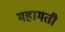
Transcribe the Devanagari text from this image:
महामती